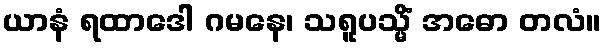
ယာနံ ရထာဒေါ ဂမနေ၊ သရူပသ္မိံ အဓော တလံ။